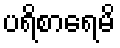
ပရိစာရေမိ